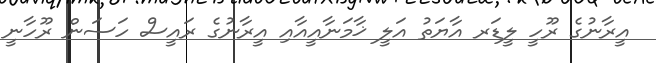
އީރާނުގެ ރޫހީ ލީޑަރ އާޔަތު އަލީ ޚާމަނާއީއާއި އީރާނުގެ ރައީސް ހަސަން ރޫހާނީ